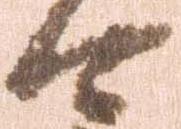
可